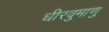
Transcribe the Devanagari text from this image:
धीरवुमाणु